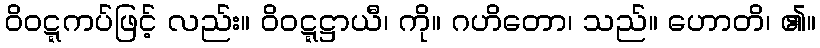
ဝိဝဋ္ဋကပ်ဖြင့် လည်း။ ဝိဝဋ္ဋဋ္ဌာယီ၊ ကို။ ဂဟိတော၊ သည်။ ဟောတိ၊ ၏။